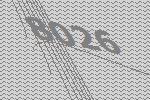
8026